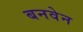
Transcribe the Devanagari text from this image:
बनवेन